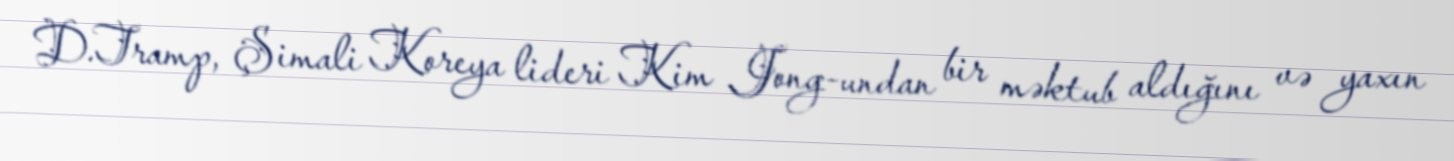
D.Tramp, Şimali Koreya lideri Kim Jong-undan bir məktub aldığını və yaxın